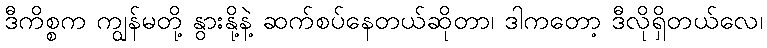
ဒီကိစ္စက ကျွန်မတို့ နွားနို့နဲ့ ဆက်စပ်နေတယ်ဆိုတာ၊ ဒါကတော့ ဒီလိုရှိတယ်လေ၊